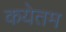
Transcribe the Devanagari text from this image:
कयेतम